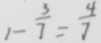
1 - \frac { 3 } { 7 } = \frac { 4 } { 7 }